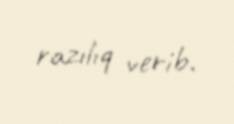
razılıq verib.